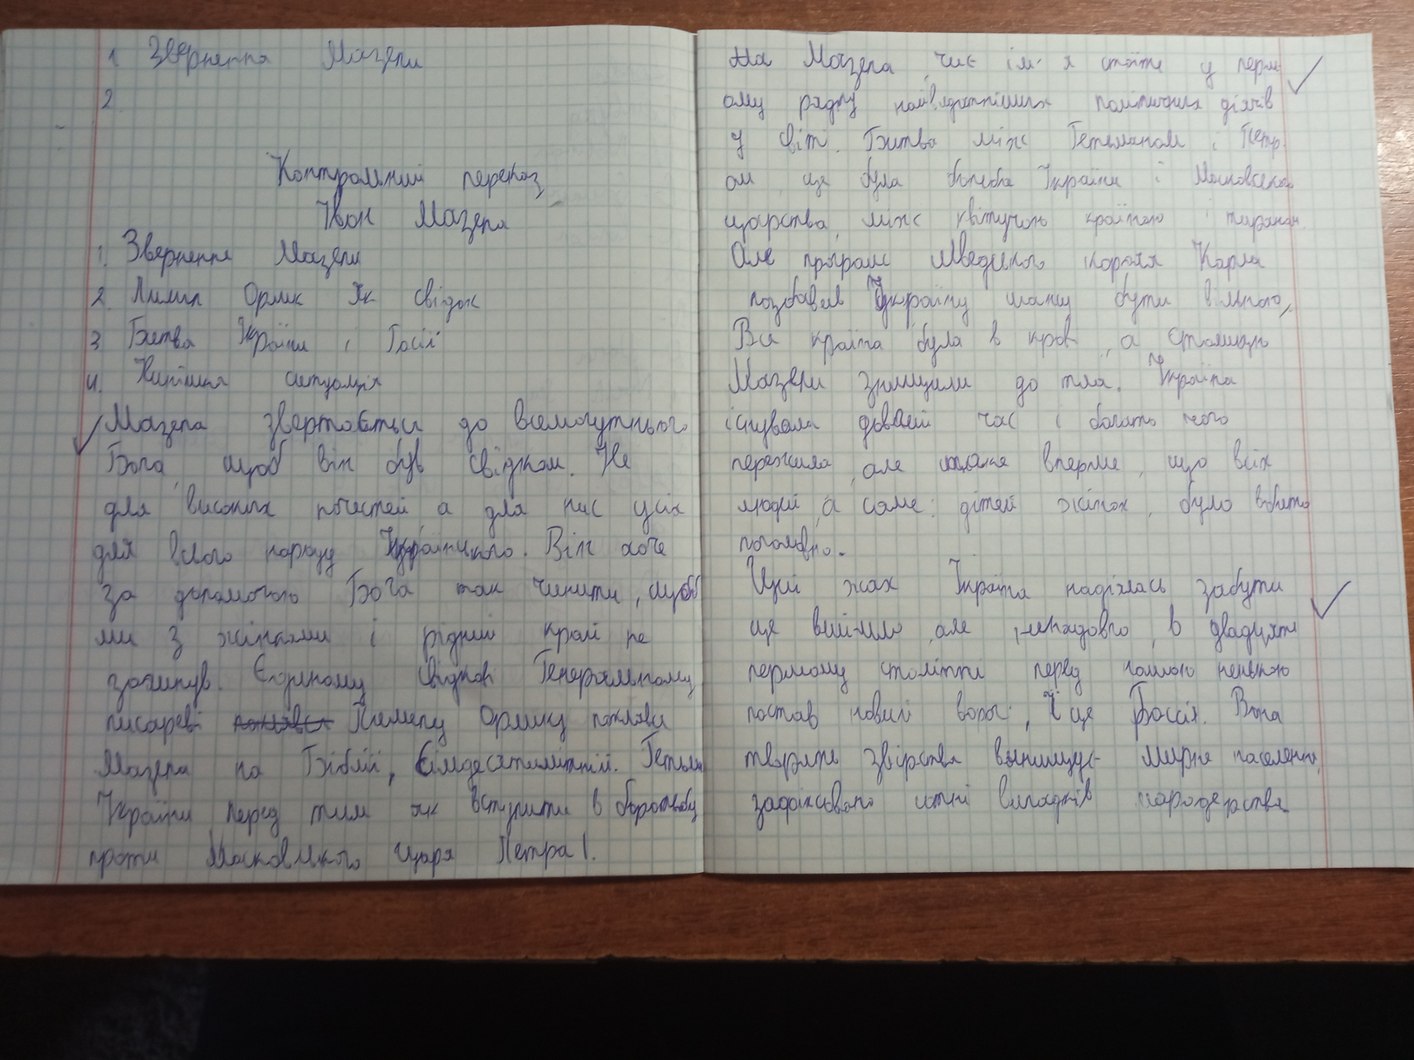
1. Звернення Мазепи
~~Ма~~ Мазепа,  чиє ім'я стоїть у перш-
2.
ому рядку найвидатніших політичних діячів
у світ. Битва між Гетьманом і Петр-
Контрольний переказ
ом, це була битба України і Московського
Іван Мазепа
царства, між квітучою країною і тираном.
1. Звернення Мазепи
Але програш Шведського короля Карла
2. Пилип Орлик Як свідок
позбавив Україну шансу бути вільною,
Вся країна була в крові, а столицю
3 Битва України і Росіїї
4. Нинішня ситуація
Мазепи знищили до тла. Україна
Мазепа звертається до всемогутнього
існувала довгий час і багато чого
пережила, але таке вперше, що всіх
Бога, щоб він був свідком. Не
людей, а саме: дітей, жінок, було вбито
для високих почестей а для нас усіх
для всього народу Українського. Він хоче
поголовно.
Цей жах Україна надіялась забути
за допомогою Бога так чинити, щбб
це вийшло, але ненадовго, в двадцять
ми з жінками і рідний край не
загинув. Єдиному Свідкові Генеральному
першому столітті перед нашою ненькою
постав новий ворог, І це Россія. Вона
писареві ~~поклявся~~ Пилипу Орлику поклявся
Мазепа на Біблії, Сімдесятилітній. Гетьман
творить звірства винищує мирне населення,
зафіксовано сотні випадків мародерства.
України перед тим як вступити в боротьбу
проти Московського Царя Петра I.